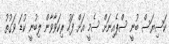
ކަސިޔަސް ބުނީ ސްޕެއިނަށް ސެމީ އަށް ފަހު ރިކަވާވާން ލިބުނީ ކުޑަ ވަގުތު